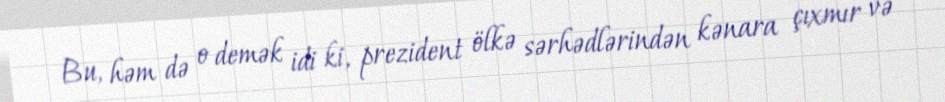
Bu, həm də o demək idi ki, prezident ölkə sərhədlərindən kənara çıxmır və